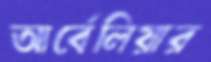
আর্বেলিয়ার